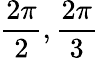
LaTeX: {\frac{2\pi}{2}},{\frac{2\pi}{3}}